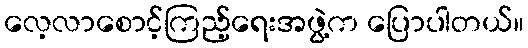
လေ့လာစောင့်ကြည့်ရေးအဖွဲ့က ပြောပါတယ်။